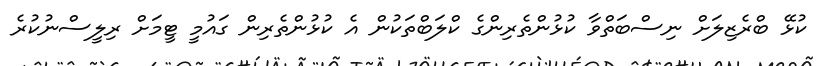
ކުޅޭ ބްރެޒިލަށް ނިސްބަތްވާ ކުޅުންތެރިންގެ ކްލަބްތަކުން އެ ކުޅުންތެރިން ގައުމީ ޓީމަށް ރިލީސްނުކުރެ